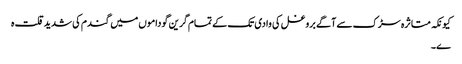
کیونکہ متاثرہ سڑک سے آگے بروغل کی وادی تک کے تمام گرین گوداموں میں گندم کی شدید قلت ہ
ے ۔